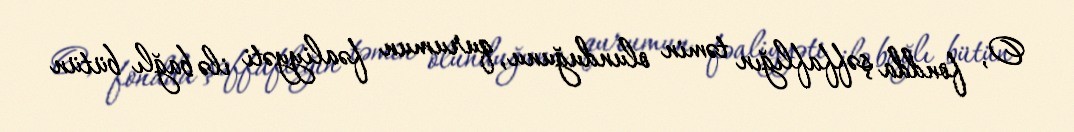
O, fondda şəffaflığın təmin olunduğunu, qurumun fəaliyyəti ilə bağlı bütün